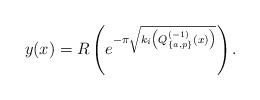
LaTeX: \begin{align*}y(x)=R\left(e^{-\pi\sqrt{k_i\left(Q^{(-1)}_{\{a,p\}}(x)\right)}}\right).\end{align*}